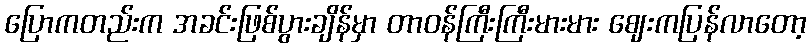
ပြောကတည်းက အခင်းဖြစ်ပွားချိန်မှာ တာဝန်ကြီးကြီးမားမား ဈေးကပြန်လာတော့